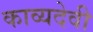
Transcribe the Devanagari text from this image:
काव्यदेवी